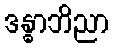
ဒန္ဓာဘိညာ